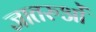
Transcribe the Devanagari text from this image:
जातरुओं